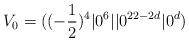
LaTeX: \begin{align*}V_0=((-{1\over 2})^4 \vert 0^6 \vert\vert 0^{22-2d}\vert 0^d)\end{align*}